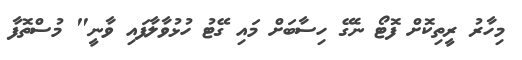
މިހާރު ރީތިކޮށް ފޮޓޯ ނެގޭ ހިސާބަށް މައި ގޭޓު ހުޅުވާލާފައި ވާނީ" މުސްތޮފާ